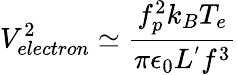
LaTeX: V_{electron}^{2}\simeq\frac{f_{p}^{2}k_{B}T_{e}}{\pi\epsilon_{0}L^{'}f^{3}}